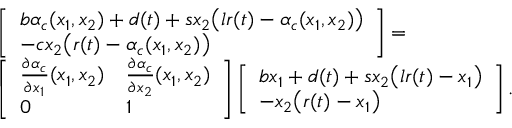
\begin{array} { r l } & { \left[ \begin{array} { l } { b \alpha _ { c } ( x _ { 1 } , x _ { 2 } ) + d ( t ) + s x _ { 2 } \big ( l r ( t ) - \alpha _ { c } ( x _ { 1 } , x _ { 2 } ) \big ) } \\ { - c x _ { 2 } \big ( r ( t ) - \alpha _ { c } ( x _ { 1 } , x _ { 2 } ) \big ) } \end{array} \right] = } \\ & { \left[ \begin{array} { l l } { \frac { \partial \alpha _ { c } } { \partial x _ { 1 } } ( x _ { 1 } , x _ { 2 } ) } & { \frac { \partial \alpha _ { c } } { \partial x _ { 2 } } ( x _ { 1 } , x _ { 2 } ) } \\ { 0 } & { 1 } \end{array} \right] \left[ \begin{array} { l } { b x _ { 1 } + d ( t ) + s x _ { 2 } \big ( l r ( t ) - x _ { 1 } \big ) } \\ { - x _ { 2 } \big ( r ( t ) - x _ { 1 } \big ) } \end{array} \right] . } \end{array}